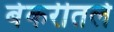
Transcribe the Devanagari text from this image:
बेकरीतले